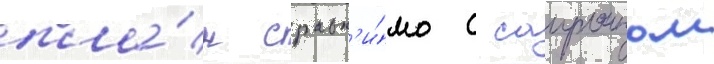
пла́н сравн'и́мо с сауроном